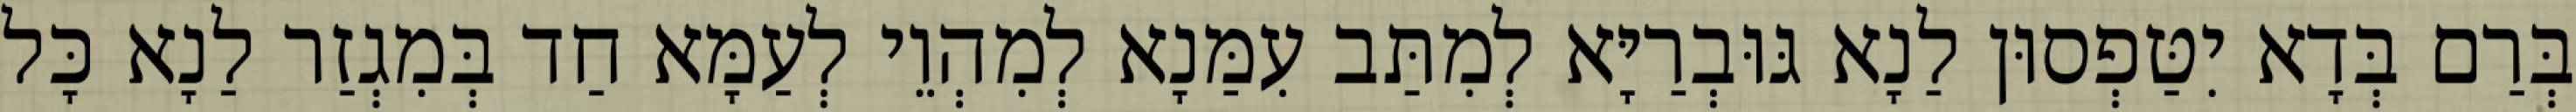
בְּרַם בְּדָא יִטַּפְסוּן לַנָא גּוּבְרַיָּא לְמִתַּב עִמַּנָא לְמִהְוֵי לְעַמָּא חַד בְּמִגְזַר לַנָא כָּל